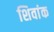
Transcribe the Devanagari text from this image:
शिवांक